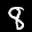
Label: 8